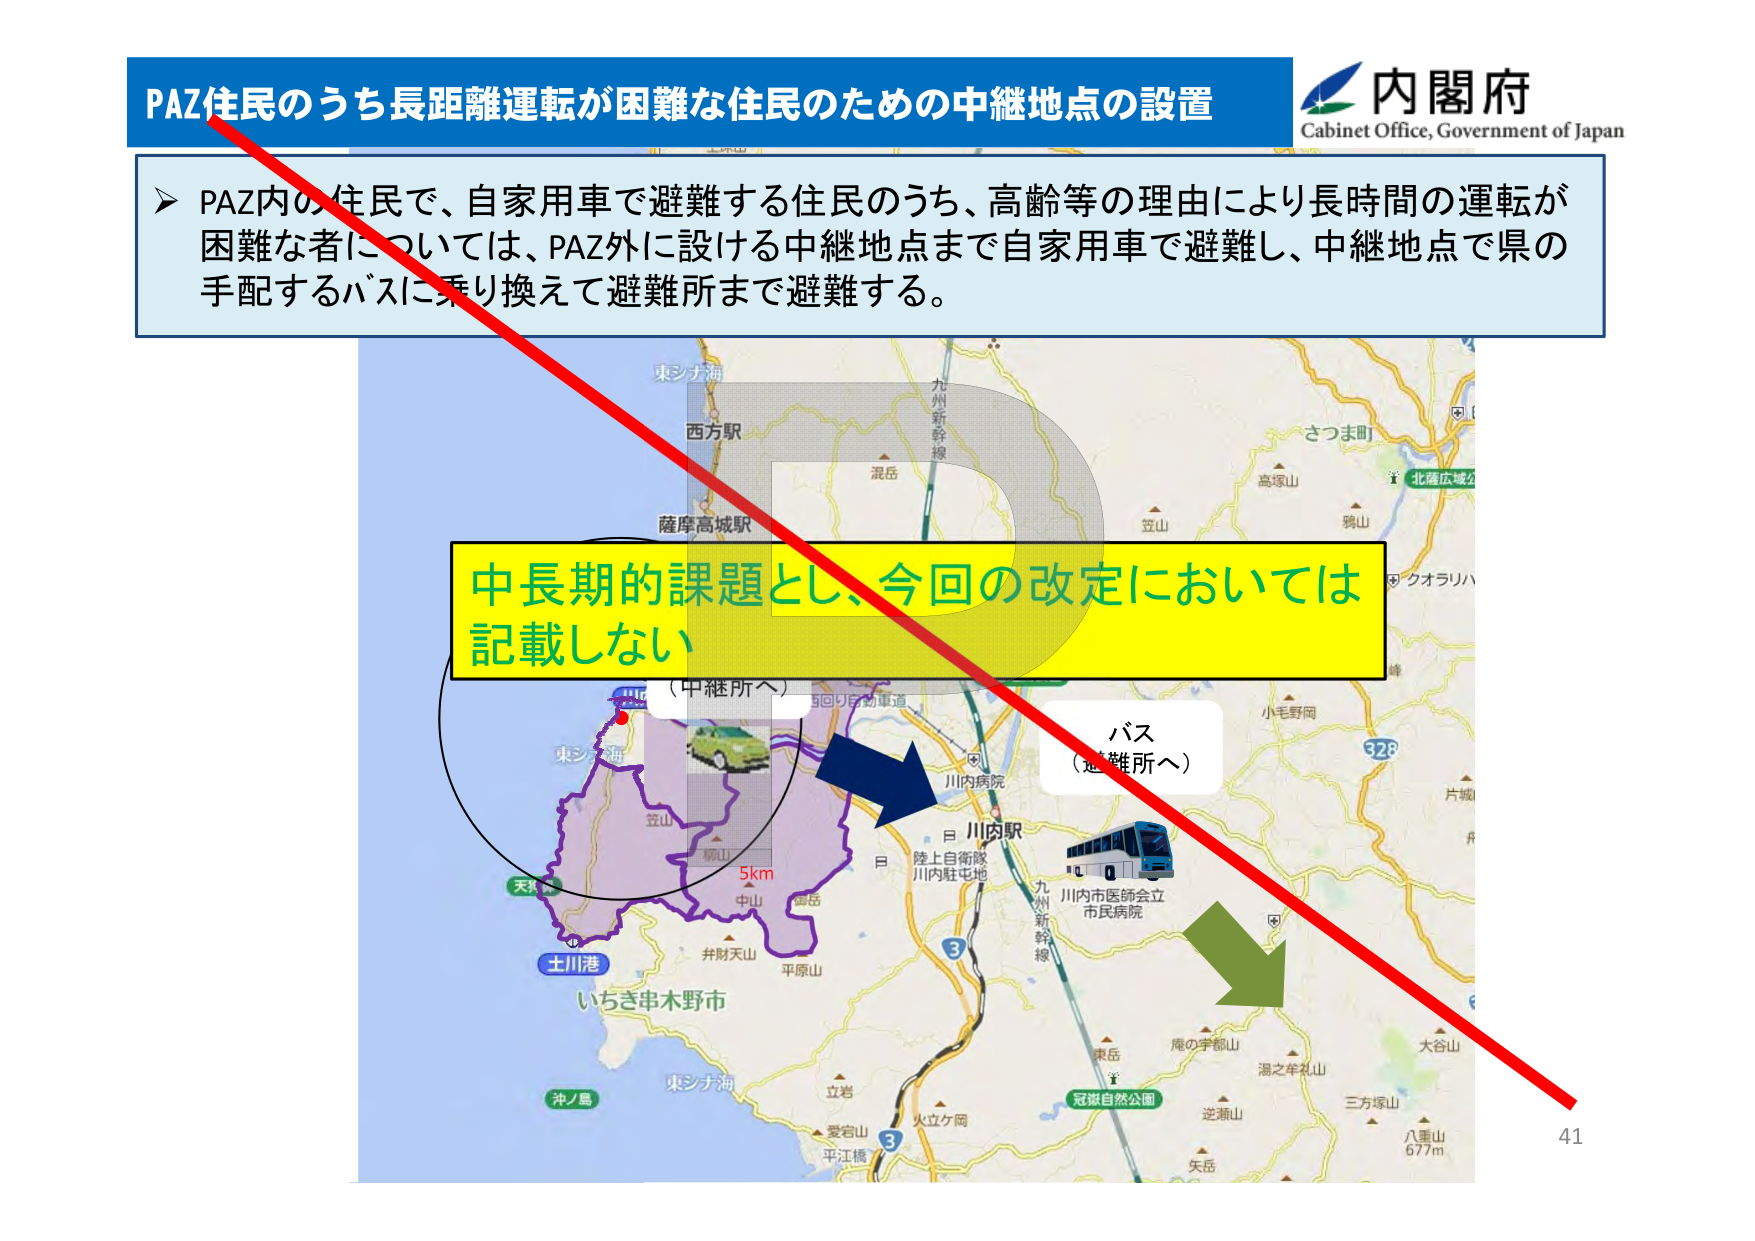
PAZ住民のうち長距離運転が困難な住民のための中継地点の設置
内閣府
Cabinet Office, Government of Japan
➤ PAZ内の住民で、自家用車で避難する住民のうち、高齢等の理由により長時間の運転が困難な者については、PAZ外に設ける中継地点まで自家用車で避難し、中継地点で県の手配するバスに乗り換えて避難所まで避難する。
中長期的課題とし、今回の改定においては記載しない
（中継所へ）
5km
バス
（避難所へ）
東シナ海
西方駅
薩摩高城駅
混岳
九州新幹線
さつま町
高塚山
鴉山
北薩広域
クオラリハ
小毛野岡
328
片嶽
川内病院
川内駅
陸上自衛隊
川内駐屯地
九州新幹線
川内市医師会立
市民病院
東岳
庵の宇都山
湯之牟礼山
大谷山
三方塚山
八重山
677m
逆瀬山
矢岳
冠嶽自然公園
火立ケ岡
立岩
愛宕山
平江橋
3
沖ノ島
いちき串木野市
土川港
天狗
笠山
中山
亀岳
弁財天山
平原山
東シナ海
41